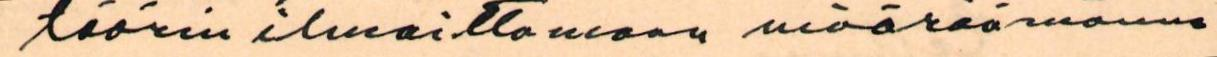
töörin ilmoittamaan määräämänne